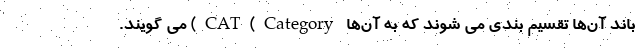
باند آن‌ها تقسیم بندی می شوند که به آن‌ها CAT(Category) می گویند.